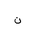
Letter: _non